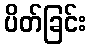
ပိတ်ခြင်း